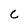
Character: C